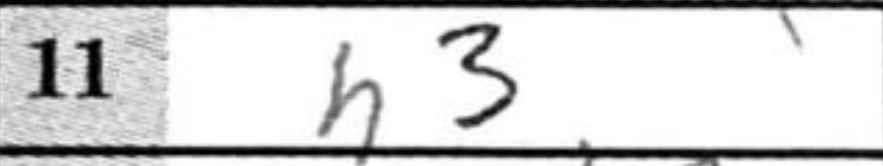
Transcription: h3